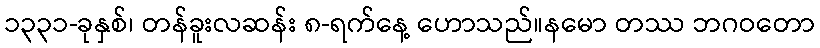
၁၃၃၁-ခုနှစ်၊ တန်ခူးလဆန်း ၈-ရက်နေ့ ဟောသည်။နမော တဿ ဘဂဝတော